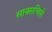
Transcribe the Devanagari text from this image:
साक्सचिसे